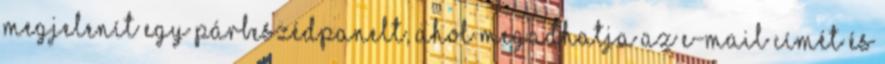
megjelenít egy párbeszédpanelt, ahol megadhatja az e-mail címét és